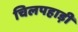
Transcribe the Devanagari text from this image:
चिलपहाड़ी